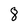
Character: 8